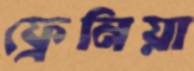
ফ্রেনিয়া